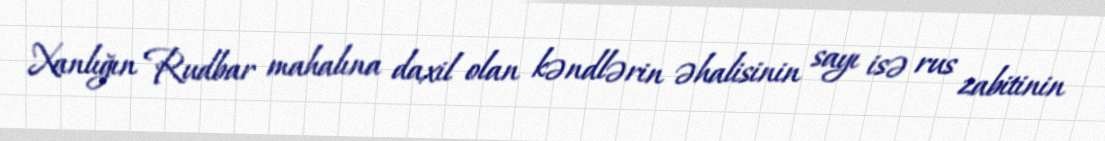
Xanlığın Rudbar mahalına daxil olan kəndlərin əhalisinin sayı isə rus zabitinin